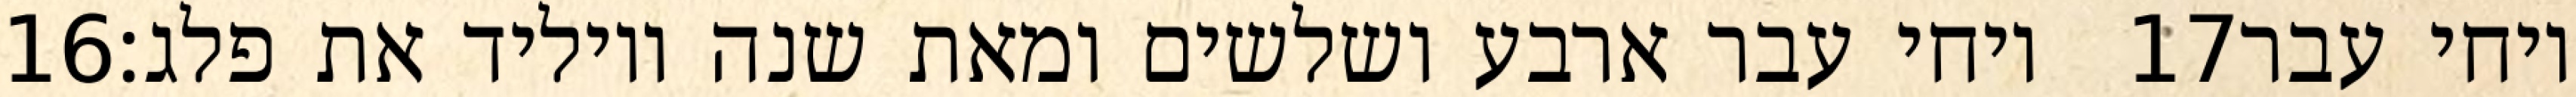
‎16‏ ויחי עבר ארבע ושלשים ומאת שנה ויוליד את פלג׃ ‎17‏ ויחי עבר